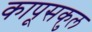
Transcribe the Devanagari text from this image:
कापूसकुल